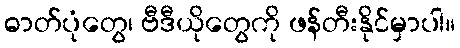
ဓာတ်ပုံတွေ၊ ဗီဒီယိုတွေကို ဖန်တီးနိုင်မှာပါ။